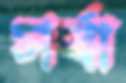
সর্বা